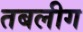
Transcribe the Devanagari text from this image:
तबलीग